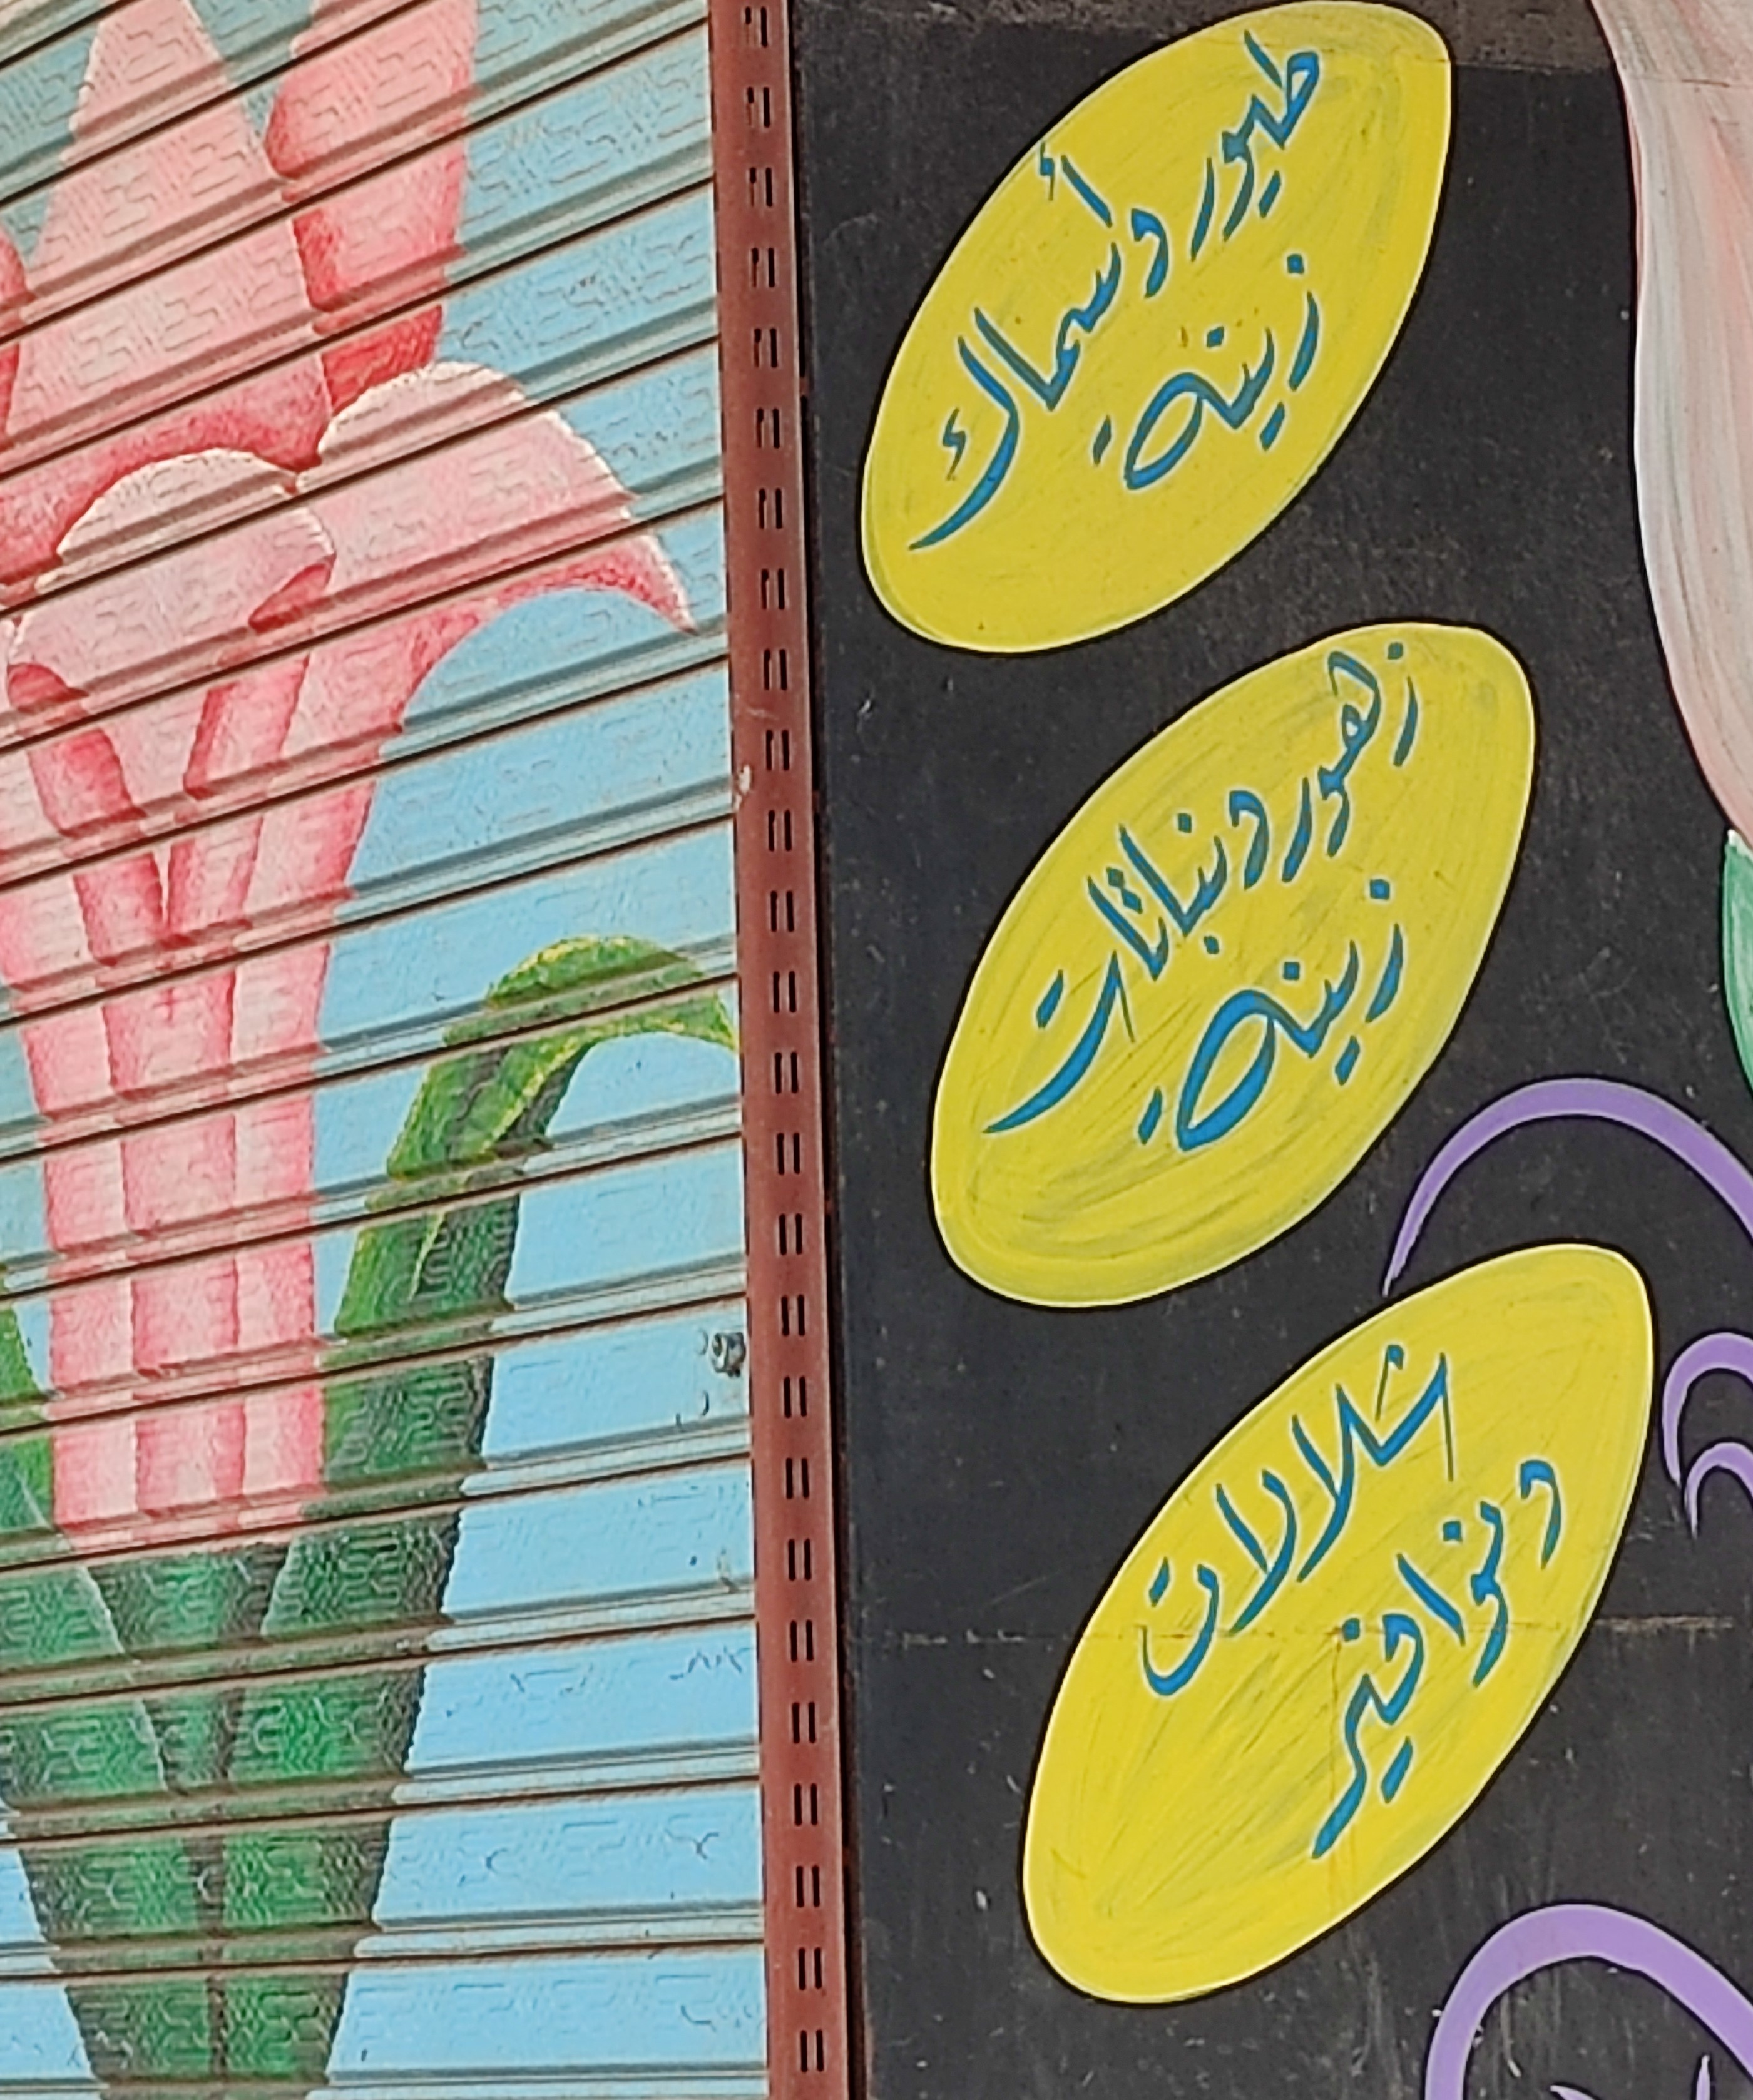
Text in image: طيور وأسماك زينة زهور ونباتات زينة شلالات ونوافير